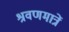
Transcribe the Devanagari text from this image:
श्रवणमात्रें